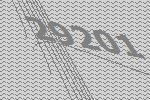
29201